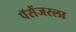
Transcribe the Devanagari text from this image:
पॅसेंजरला